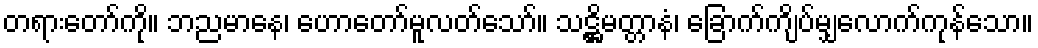
တရားတော်ကို။ ဘညမာနေ၊ ဟောတော်မူလတ်သော်။ သဋ္ဌိမတ္တာနံ၊ ခြောက်ကျိပ်မျှလောက်ကုန်သော။